Civil Veterinary Department. United Provinces 1932-42 - 1932-1942
Year: 1932
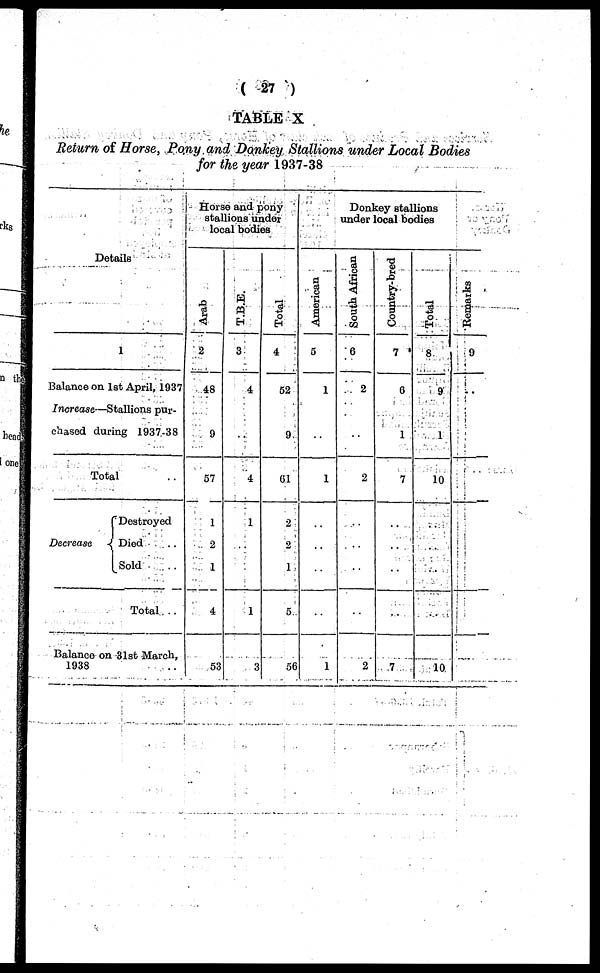
(27)
TABLE X
Return of Horse, Pony and Donkey Stallions under Local Bodies
for the year 1937-38
Details
1
Balance on 1st April, 1937
Increase.—Stallions pur-
chased during 1937-38
Total ..
Decrease
Destroyed
Died ..
Sold ..
Total ..
Balance on 31st March,
1938 ..
Horse and pony
stallions under
local bodies
Arab
2
48
9
57
1
2
1
4
53
T.B.E.
3
4
..
4
1
..
1
3
Total
4
52
9
61
2
2
1
5
56
Donkey stallions
under local bodies
American
5
1
..
1
..
..
..
..
1
South African
6
2
..
2
..
..
..
..
2
Country-bred
7
6
1
7
..
..
..
..
7
Total
8
9
1
10
..
..
..
..
10
Remarks
9
..